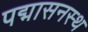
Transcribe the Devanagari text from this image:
पद्मासनस्थ